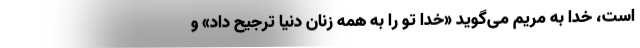
است، خدا به مریم می‌گوید «خدا تو را به همه زنان دنیا ترجیح داد» و